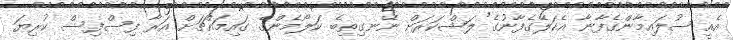
އެއީ ސުލައިމާންގެފާނާ އެކަލޭގެފާނުގެ ލަޝްކަރަށް ނޭނގިތިބެ ކަލޯމެންގެ ގައިމައްޗަށް އަރާ ފިސްފިސް ކުރިޔަ